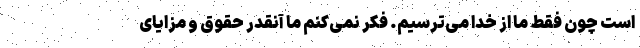
است چون فقط ما از خدا می‌ترسیم. فکر نمی‌کنم ما آنقدر حقوق و مزایای